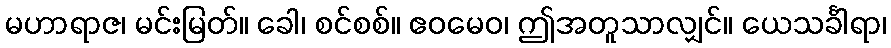
မဟာရာဇ၊ မင်းမြတ်။ ခေါ၊ စင်စစ်။ ဧဝမေဝ၊ ဤအတူသာလျှင်။ ယေသင်္ခါရာ၊